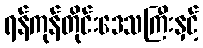
ရန်ကုန်တိုင်းဒေသကြီးနှင့်